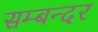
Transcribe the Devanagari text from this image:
सम्बन्दर